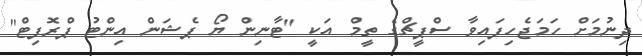
ދިނުމަށް ހަމަޖެހިފައިވާ ސްޕީޗްގެ ތީމް އަކީ "ޓާނިން ޔޯ ޕެޝަން އިންޓު ޕްރޮފިޓް"